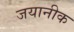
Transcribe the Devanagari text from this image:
जयानीक